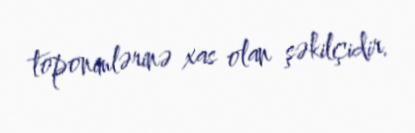
toponimlərinə xas olan şəkilçidir.